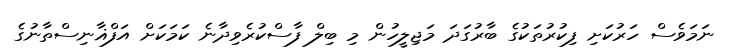
ނަމަވެސް ހަރުކަށި ފިކުރުތަކުގެ ބާރުގަދަ މަޖިލީހުން މި ބިލް ފާސްކުރެވިދާނެ ކަމަކަށް އަފްޣާނިސްތާނުގެ